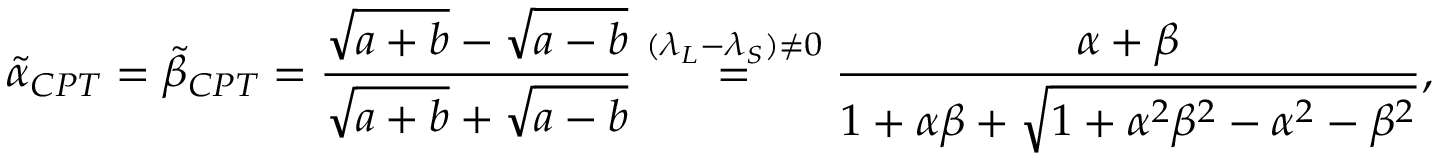
\tilde { \alpha } _ { C P T } = \tilde { \beta } _ { C P T } = \frac { \sqrt { a + b } - \sqrt { a - b } } { \sqrt { a + b } + \sqrt { a - b } } \overset { ( \lambda _ { L } - \lambda _ { S } ) \not = 0 } { = } \frac { \alpha + \beta } { 1 + \alpha \beta + \sqrt { 1 + \alpha ^ { 2 } \beta ^ { 2 } - \alpha ^ { 2 } - \beta ^ { 2 } } } ,